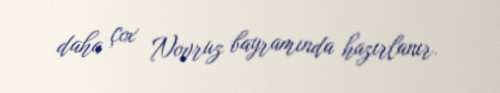
daha çox Novruz bayramında hazırlanır.